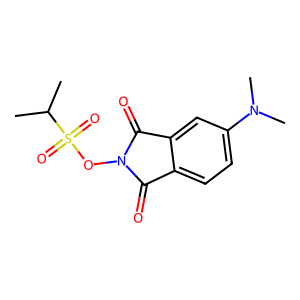
SMILES: CC(C)S(=O)(=O)ON1C(=O)c2ccc(N(C)C)cc2C1=O
Inhibits HIV replication: No